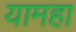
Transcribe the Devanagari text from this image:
यामहा